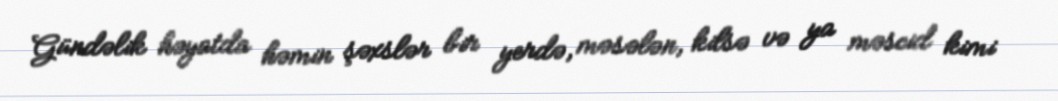
Gündəlik həyatda həmin şəxslər bir yerdə, məsələn, kilsə və ya məscid kimi